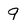
Character: g